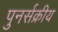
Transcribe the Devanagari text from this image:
पुनर्सक्रीय